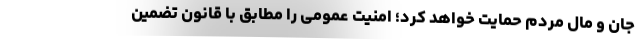
جان و مال مردم حمایت خواهد کرد؛ امنیت عمومی را مطابق با قانون تضمین